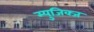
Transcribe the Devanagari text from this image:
म्युजिक्ज